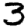
Digit: 3